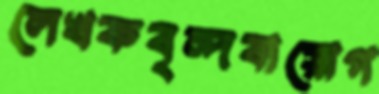
লেখকবৃন্দবায়োগ